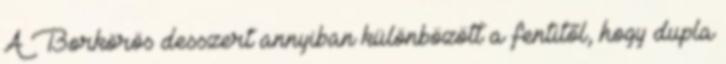
A Borkörös desszert annyiban különbözött a fentitől, hogy dupla